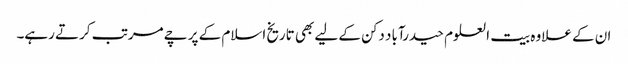
ان کے علاوہ بیت العلوم حیدرآباد دکن کے لیے بھی تاریخ اسلام کے پرچے مرتب کرتے رہے۔